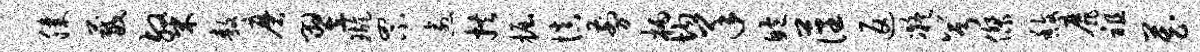
膝葳粲敖磨翌璇罘愈拱掘慎剪柄均羊鲍藩返凝兮杰馥靡祖藏